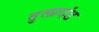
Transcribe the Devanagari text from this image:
तुलादंड